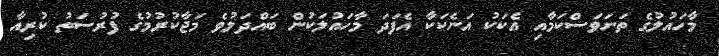
މާހައުލުގެ ތަނަވަސްކަމާއި އެކަކު އަނެކަކާ އެފަދަ މާހައުލަކުން ބައްދަލުވެ މަޖާކުރުމުގެ ފުރުސަތު ކުރިއާ